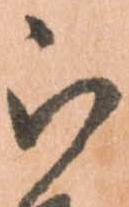
被